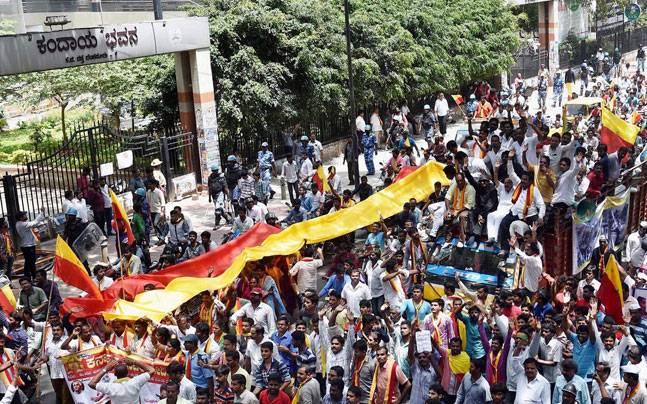
Language: kannada
Transcription: ಕಂದಾಯ